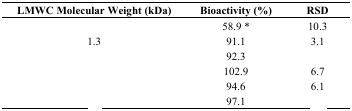
<table><thead><tr><td><b>LMWC Molecular Weight (kDa)</b></td><td><b>Bioactivity (%)</b></td><td><b>RSD</b></td></tr></thead><tbody><tr><td>[EMPTY_CELL]</td><td>58.9 *</td><td>10.3</td></tr><tr><td>1.3</td><td>91.1</td><td>3.1</td></tr><tr><td>[EMPTY_CELL]</td><td>92.3</td><td>[EMPTY_CELL]</td></tr><tr><td>[EMPTY_CELL]</td><td>102.9</td><td>6.7</td></tr><tr><td>[EMPTY_CELL]</td><td>94.6</td><td>6.1</td></tr><tr><td>[EMPTY_CELL]</td><td>97.1</td><td>[EMPTY_CELL]</td></tr></tbody></table>